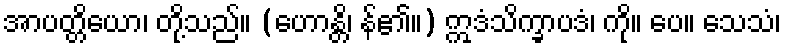
အာပတ္တိယော၊ တို့သည်။ (ဟောန္တိ၊ န်၏။) ဣဒံသိက္ခာပဒံ၊ ကို။ ပေ။ သေသံ၊